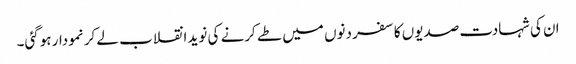
ان کی شہادت صدیوں کا سفر دنوں میں طے کرنے کی نوید انقلاب لے کر نمودار ہوگئی۔